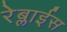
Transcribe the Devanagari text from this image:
रेब्लाईस